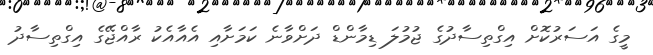
މީގެ އަސަރުކޮށް އިގްތިސާދުގެ ޖުމުލަ ޑިމާންޑް ދަށްވާނެ ކަމަށާއި އެއާއެކު ރާއްޖޭގެ އިގްތިސާދު